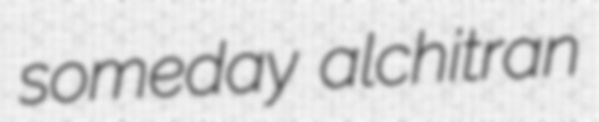
someday alchitran